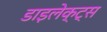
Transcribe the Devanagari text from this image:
डाइलेक्ट्स